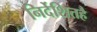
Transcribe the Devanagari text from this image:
निर्देशितहै